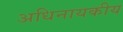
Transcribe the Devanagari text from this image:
अधिनायकीय